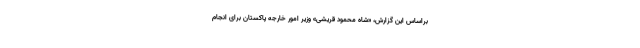
براساس این گزارش، «شاه محمود قریشی» وزیر امور خارجه پاکستان برای انجام